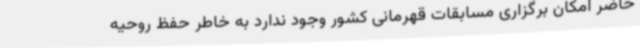
حاضر امکان برگزاری مسابقات قهرمانی کشور وجود ندارد به خاطر حفظ روحیه